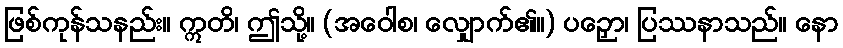
ဖြစ်ကုန်သနည်း။ ဣတိ၊ ဤသို့။ (အဝေါစ၊ လျှောက်၏။) ပဉှော၊ ပြဿနာသည်။ နော